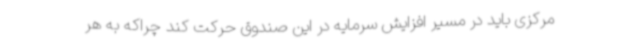
مرکزی باید در مسیر افزایش سرمایه در این صندوق حرکت کند چراکه به هر